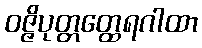
ဝဇ္ဇိပုတ္တတ္ထေရဂါထာ